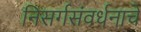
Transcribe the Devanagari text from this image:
निसर्गसंवर्धनाचे